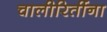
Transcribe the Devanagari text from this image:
चालीरितींना